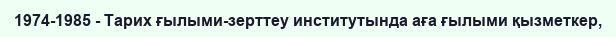
1974-1985 - Тарих ғылыми-зерттеу институтында аға ғылыми қызметкер,